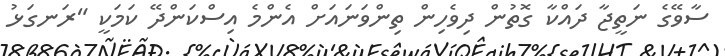
ސާވޭގެ ނަތީޖާ ދައްކާ ގޮތުން ދިވެހިން ތިންވަނައަށް އެންމެ އިސްކަންދޭ ކަމަކީ "ރަނގަޅު